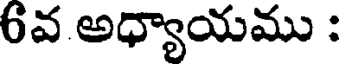
6వ అధ్యాయము :